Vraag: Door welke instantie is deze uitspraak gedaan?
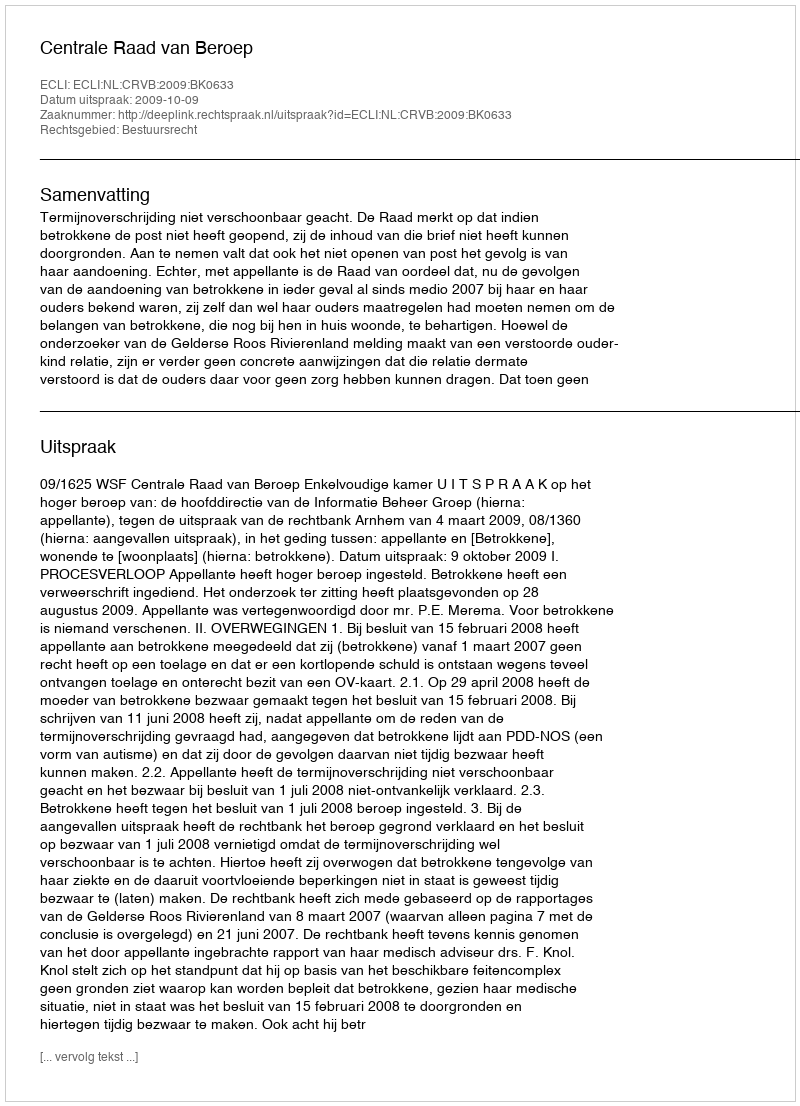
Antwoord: Centrale Raad van Beroep